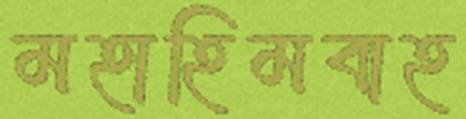
মহাহিমবাহ